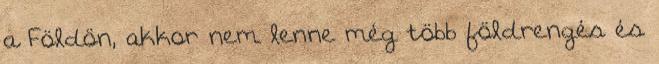
a Földön, akkor nem lenne még több földrengés és